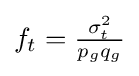
{\textstyle f_{t}={\tfrac {\sigma _{t}^{2}}{p_{g}q_{g}}}}